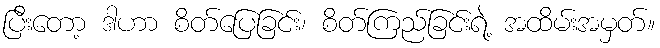
ပြီးတော့ ဒါဟာ စိတ်ပြေခြင်း၊ စိတ်ကြည်ခြင်းရဲ့ အထိမ်းအမှတ်။